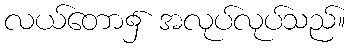
လယ်တော၌ အလုပ်လုပ်သည်။